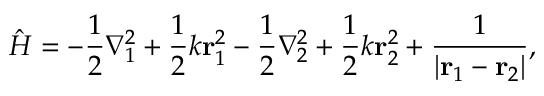
\hat { H } = - \frac { 1 } { 2 } \nabla _ { 1 } ^ { 2 } + \frac { 1 } { 2 } k \ensuremath { \mathbf { r } } _ { 1 } ^ { 2 } - \frac { 1 } { 2 } \nabla _ { 2 } ^ { 2 } + \frac { 1 } { 2 } k \ensuremath { \mathbf { r } } _ { 2 } ^ { 2 } + \frac { 1 } { \left| \ensuremath { \mathbf { r } } _ { 1 } - \ensuremath { \mathbf { r } } _ { 2 } \right| } ,